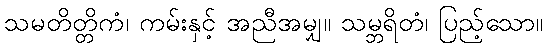
သမတိတ္တိကံ၊ ကမ်းနှင့် အညီအမျှ။ သမ္ဘရိတံ၊ ပြည့်သော။